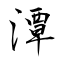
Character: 潭